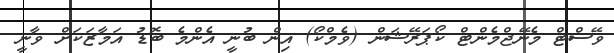
ވޭސްޓް މެނޭޖްމެންޓް ކޯޕަރޭޝަން (ވެމްކޯ) އިން ބުނީ އެންމެ ބޮޑު އަމާޒަކަށް ވާނީ